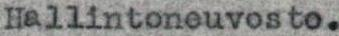
Hallintoneuvosto.